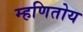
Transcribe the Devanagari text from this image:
म्हणितोय